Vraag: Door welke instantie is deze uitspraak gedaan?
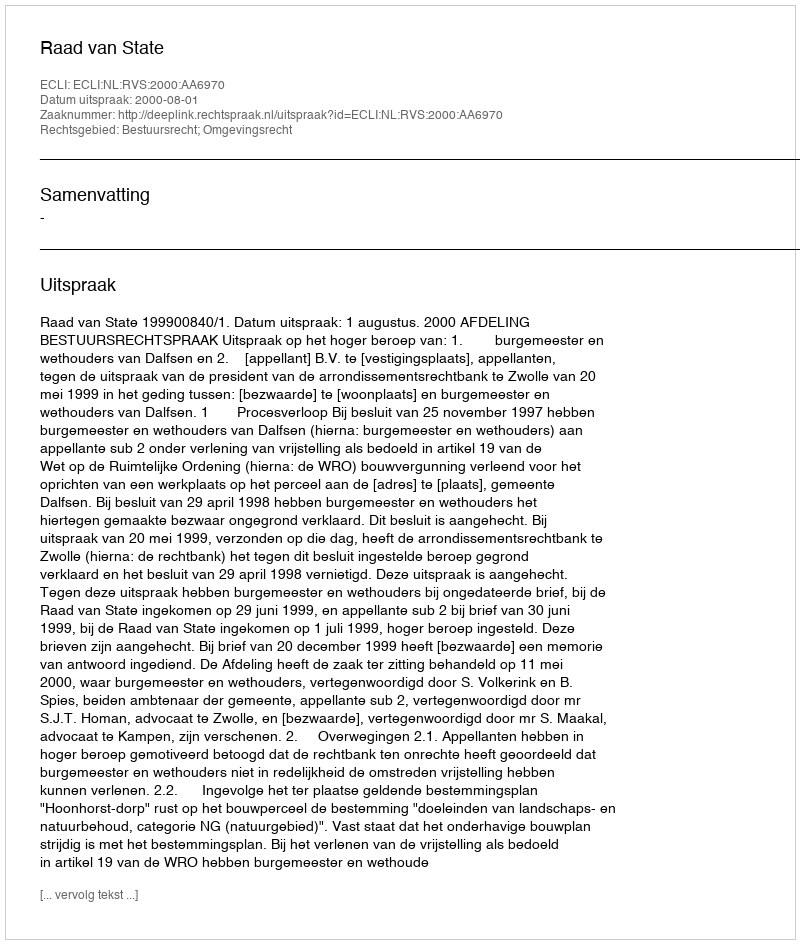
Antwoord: Raad van State